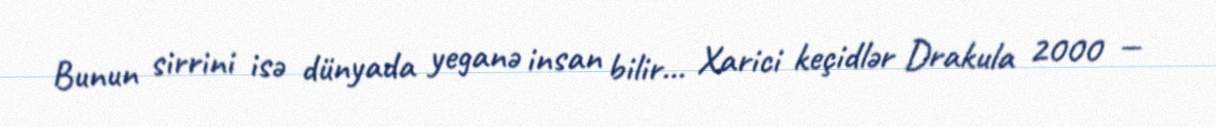
Bunun sirrini isə dünyada yeganə insan bilir... Xarici keçidlər Drakula 2000 —